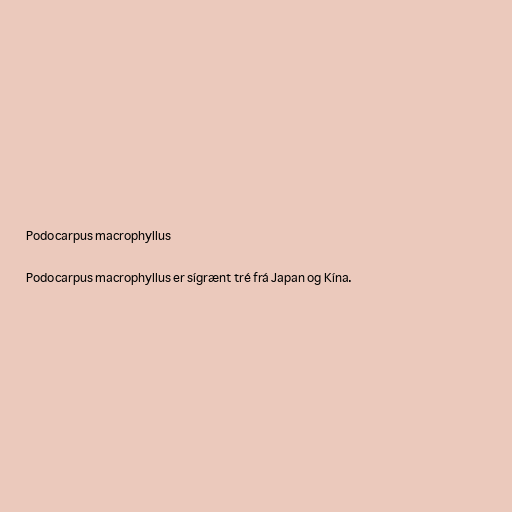
Podocarpus macrophyllus

Podocarpus macrophyllus er sígrænt tré frá Japan og Kína.